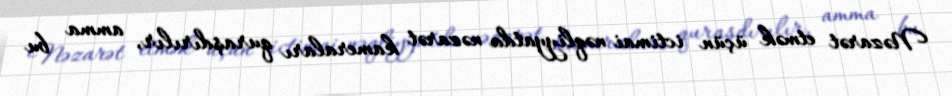
Nəzarət etmək üçün ictimai nəqliyyatda nəzarət kameraları quraşdırılır, amma bu